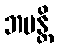
ဘမန္တိ